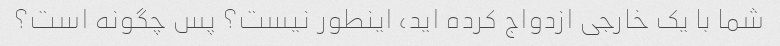
شما با یک خارجی ازدواج کرده اید، اینطور نیست؟ پس چگونه است؟